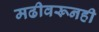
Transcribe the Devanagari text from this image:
मढीवरूनही